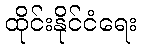
ထိုင်းနိုင်ငံရေး